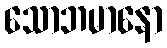
သောဘမာနော